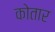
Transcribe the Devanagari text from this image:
कोतार